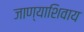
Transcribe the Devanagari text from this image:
जाण्याशिवाय